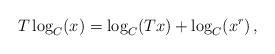
LaTeX: \begin{align*} T\log_C(x)=\log_C(Tx)+\log_C(x^r)\,, \end{align*}